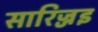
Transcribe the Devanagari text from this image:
सारिज्जइ